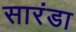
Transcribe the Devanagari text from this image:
सारंडा